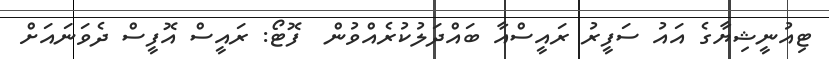
ޓިއުނީޝިޔާގެ އައު ސަފީރު ރައީސްއާ ބައްދަލުކުރެއްވުން  ފޮޓޯ: ރައީސް އޮފީސް ދެވަނައަށް